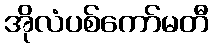
အိုလံပစ်ကော်မတီ